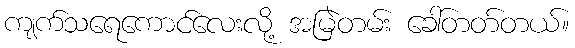
ကျက်သရေကောင်လေးလို့ အမြဲတမ်း ခေါ်တတ်တယ်။